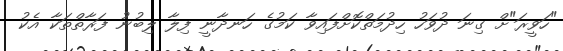
"ހަވީރަ"ށް ގިނަ ދުވަހު ހިދުމަތްކޮށްފައިވާ ކަމުގެ ހަނދާނީ ފިލާ ލިބުނު ފަރާތްތަކާ އެކު